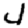
Digit: 4